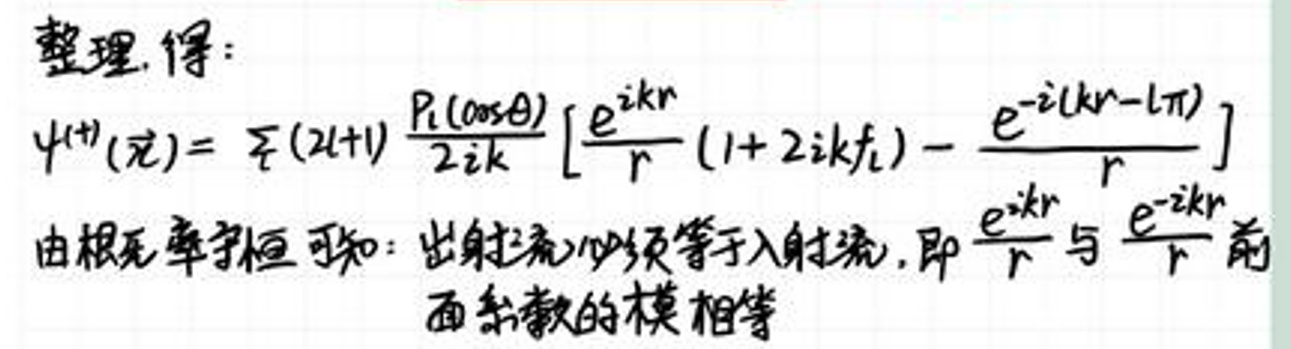
整理，得：
\[
\psi^{( + )}(r) = \frac{i(2l + 1)}{2ik} \frac{P_{l}(\cos\theta)}{r} \left[ \frac{e^{ikr}}{(1 + 2ikf)} - \frac{e^{-i(kr - l\pi)}}{r} \right]
\]
由根死守恒可知：出射流的模数等于入射流，即\(\frac{e^{ikr}}{r}\)与\(\frac{e^{-ikr}}{r}\)前面系数的模相等